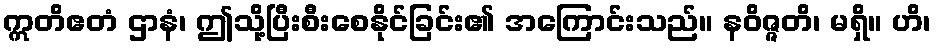
ဣတိဧတံ ဌာနံ၊ ဤသို့ပြီးစီးစေနိုင်ခြင်း၏ အကြောင်းသည်။ နဝိဇ္ဇတိ၊ မရှိ။ ဟိ၊